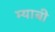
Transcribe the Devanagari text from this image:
म्याबी